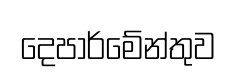
දෙපාර්මේන්තුව